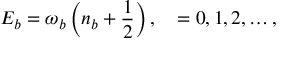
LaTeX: E _ { b } = \omega _ { b } \left( n _ { b } + \frac { 1 } { 2 } \right) , \quad = 0 , 1 , 2 , \ldots ,